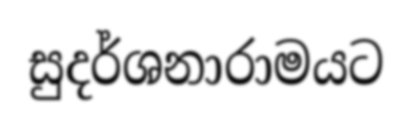
සුදර්ශනාරාමයට